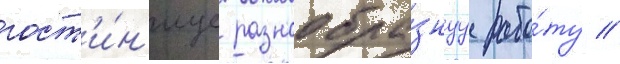
гост'и́н'ице разнообра́знуу рабо́ту //